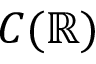
C ( \mathbb { R } )